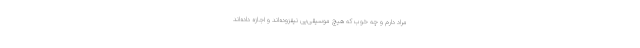
مراد دارم و چه خوب که هیچ موسیقی‌یی نیفزوده‌اند و اجازه داده‌اند